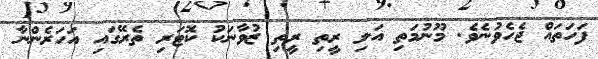
ފަހަތައް ޖެހެވުނެވެ. މޫނުމަތި އަލި ރީތި ރީތި ޒުވާނަކު ކޮޓަރި ތެރޭގައި އަހަރެންނާ